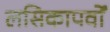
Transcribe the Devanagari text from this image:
लसिकापर्वों